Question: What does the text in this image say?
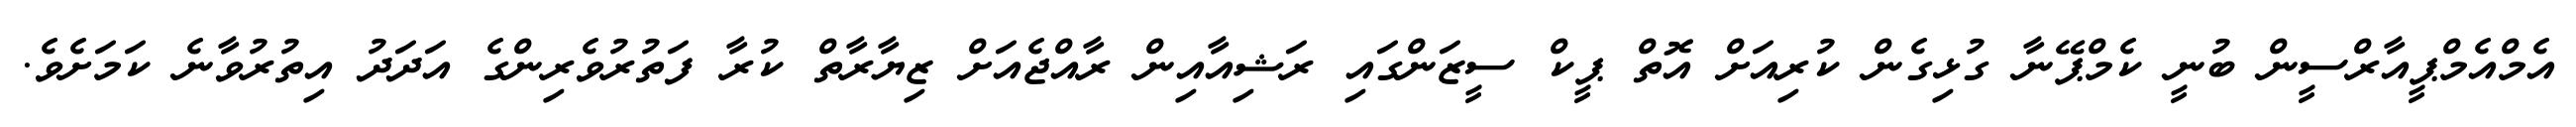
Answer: އެމްއެމްޕީއާރްސީން ބުނީ ކެމްޕޭނާ ގުޅިގެން ކުރިއަށް އޮތް ޕީކް ސީޒަންގައި ރަޝިއާއިން ރާއްޖެއަށް ޒިޔާރާތް ކުރާ ފަތުރުވެރިންގެ އަދަދު އިތުރުވާނެ ކަމަށެވެ.